Malaria in the Duars
Disease focus: Malaria
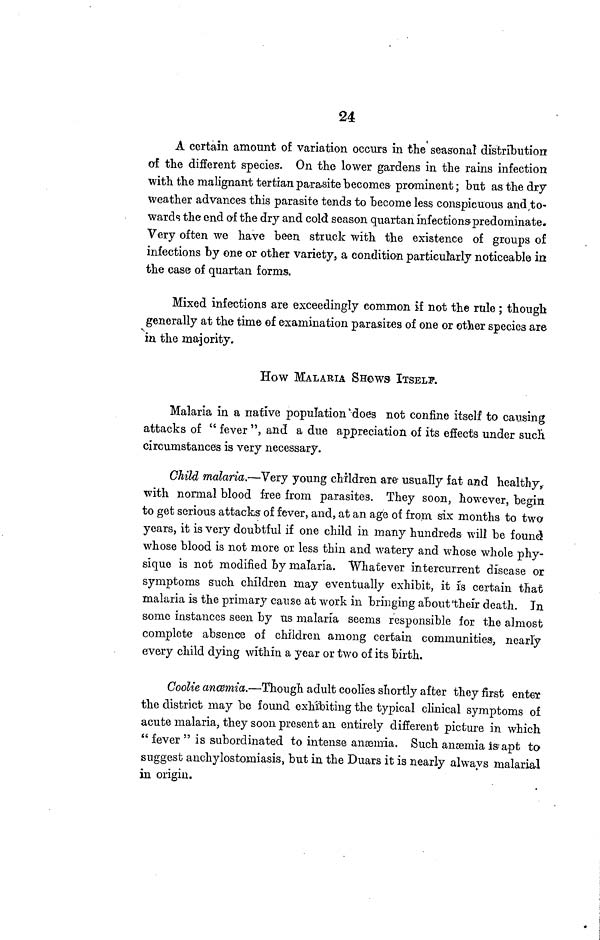
24
A certain amount of variation occurs in the seasonal distribution
of the different species. On the lower gardens in the rains infection
with the malignant tertian parasite becomes prominent; but as the dry
weather advances this parasite tends to become less conspicuous and, to-
wards the end of the dry and cold season quartan infections predominate.
Very often we have been struck with the existence of groups of
infections by one or other variety, a condition particularly noticeable in
the case of quartan forms.
Mixed infections are exceedingly common if not the rule ; though
generally at the time of examination parasites of one or other species are
in the majority.
How MALARIA SHOWS ITSELF.
Malaria in a native population'does not confine itself to causing
attacks of " fever ", and a due appreciation of its effects under such
circumstances is very necessary.
Child malaria.—Very young children are 1 usually fat and healthy,
with normal blood free from parasites. They soon, however, begin
to get serious attacks of fever, and, at an age of from six months to two
years, it is very doubtful if one child in many hundreds will be found
whose blood is not more or less thin and watery and whose whole phy-
sique is not modified by malaria. Whatever intercurrent disease or
symptoms such children may eventually exhibit, it is certain that
malaria is the primary cause at work in bringing about'their death. In
sonic instances seen by us malaria seems responsible for the almost
complete absence of children among certain communities, nearly
every child dying within a year or two of its birth.
Coolie ancemia.—Though adult coolies shortly after they first enter
the district may be found exhibiting the typical clinical symptoms of
acute malaria, they soon present an entirely different picture in which
" fever " is subordinated to intense anaemia. Such anaemia is apt to
suggest anchylostomiasis, but in the Duars it is nearly always malarial
in origin.